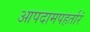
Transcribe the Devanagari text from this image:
आपदामपहर्तारं